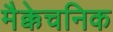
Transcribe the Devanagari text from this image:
मैक्केचनिक